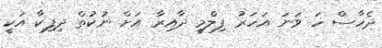
ދެހާސް ހަ ވަނަ އަހަރު ފިލްމީ ދާއިރާ އަށް ނުކުތް ދިފިކާ އަކީ